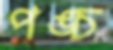
পঙ্চ